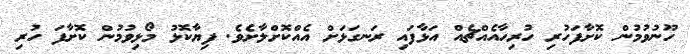
ހޫނުވުމުން ކޮށާފަހުރި ހުރިހާއެއްޗެއް އަޅާފައި ރަނގަޅަށް އެއްކޮށްލާށެވެ. ފިޔާކޮޅު މޯޅިވުމުން ކޮށާފަ ހުރި